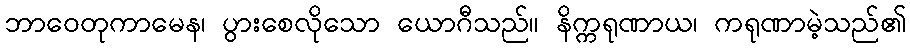
ဘာဝေတုကာမေန၊ ပွားစေလိုသော ယောဂီသည်။ နိက္ကရုဏာယ၊ ကရုဏာမဲ့သည်၏